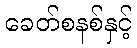
ခေတ်စနစ်နှင့်